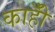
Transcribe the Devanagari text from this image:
काहीँ